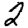
Digit: 2